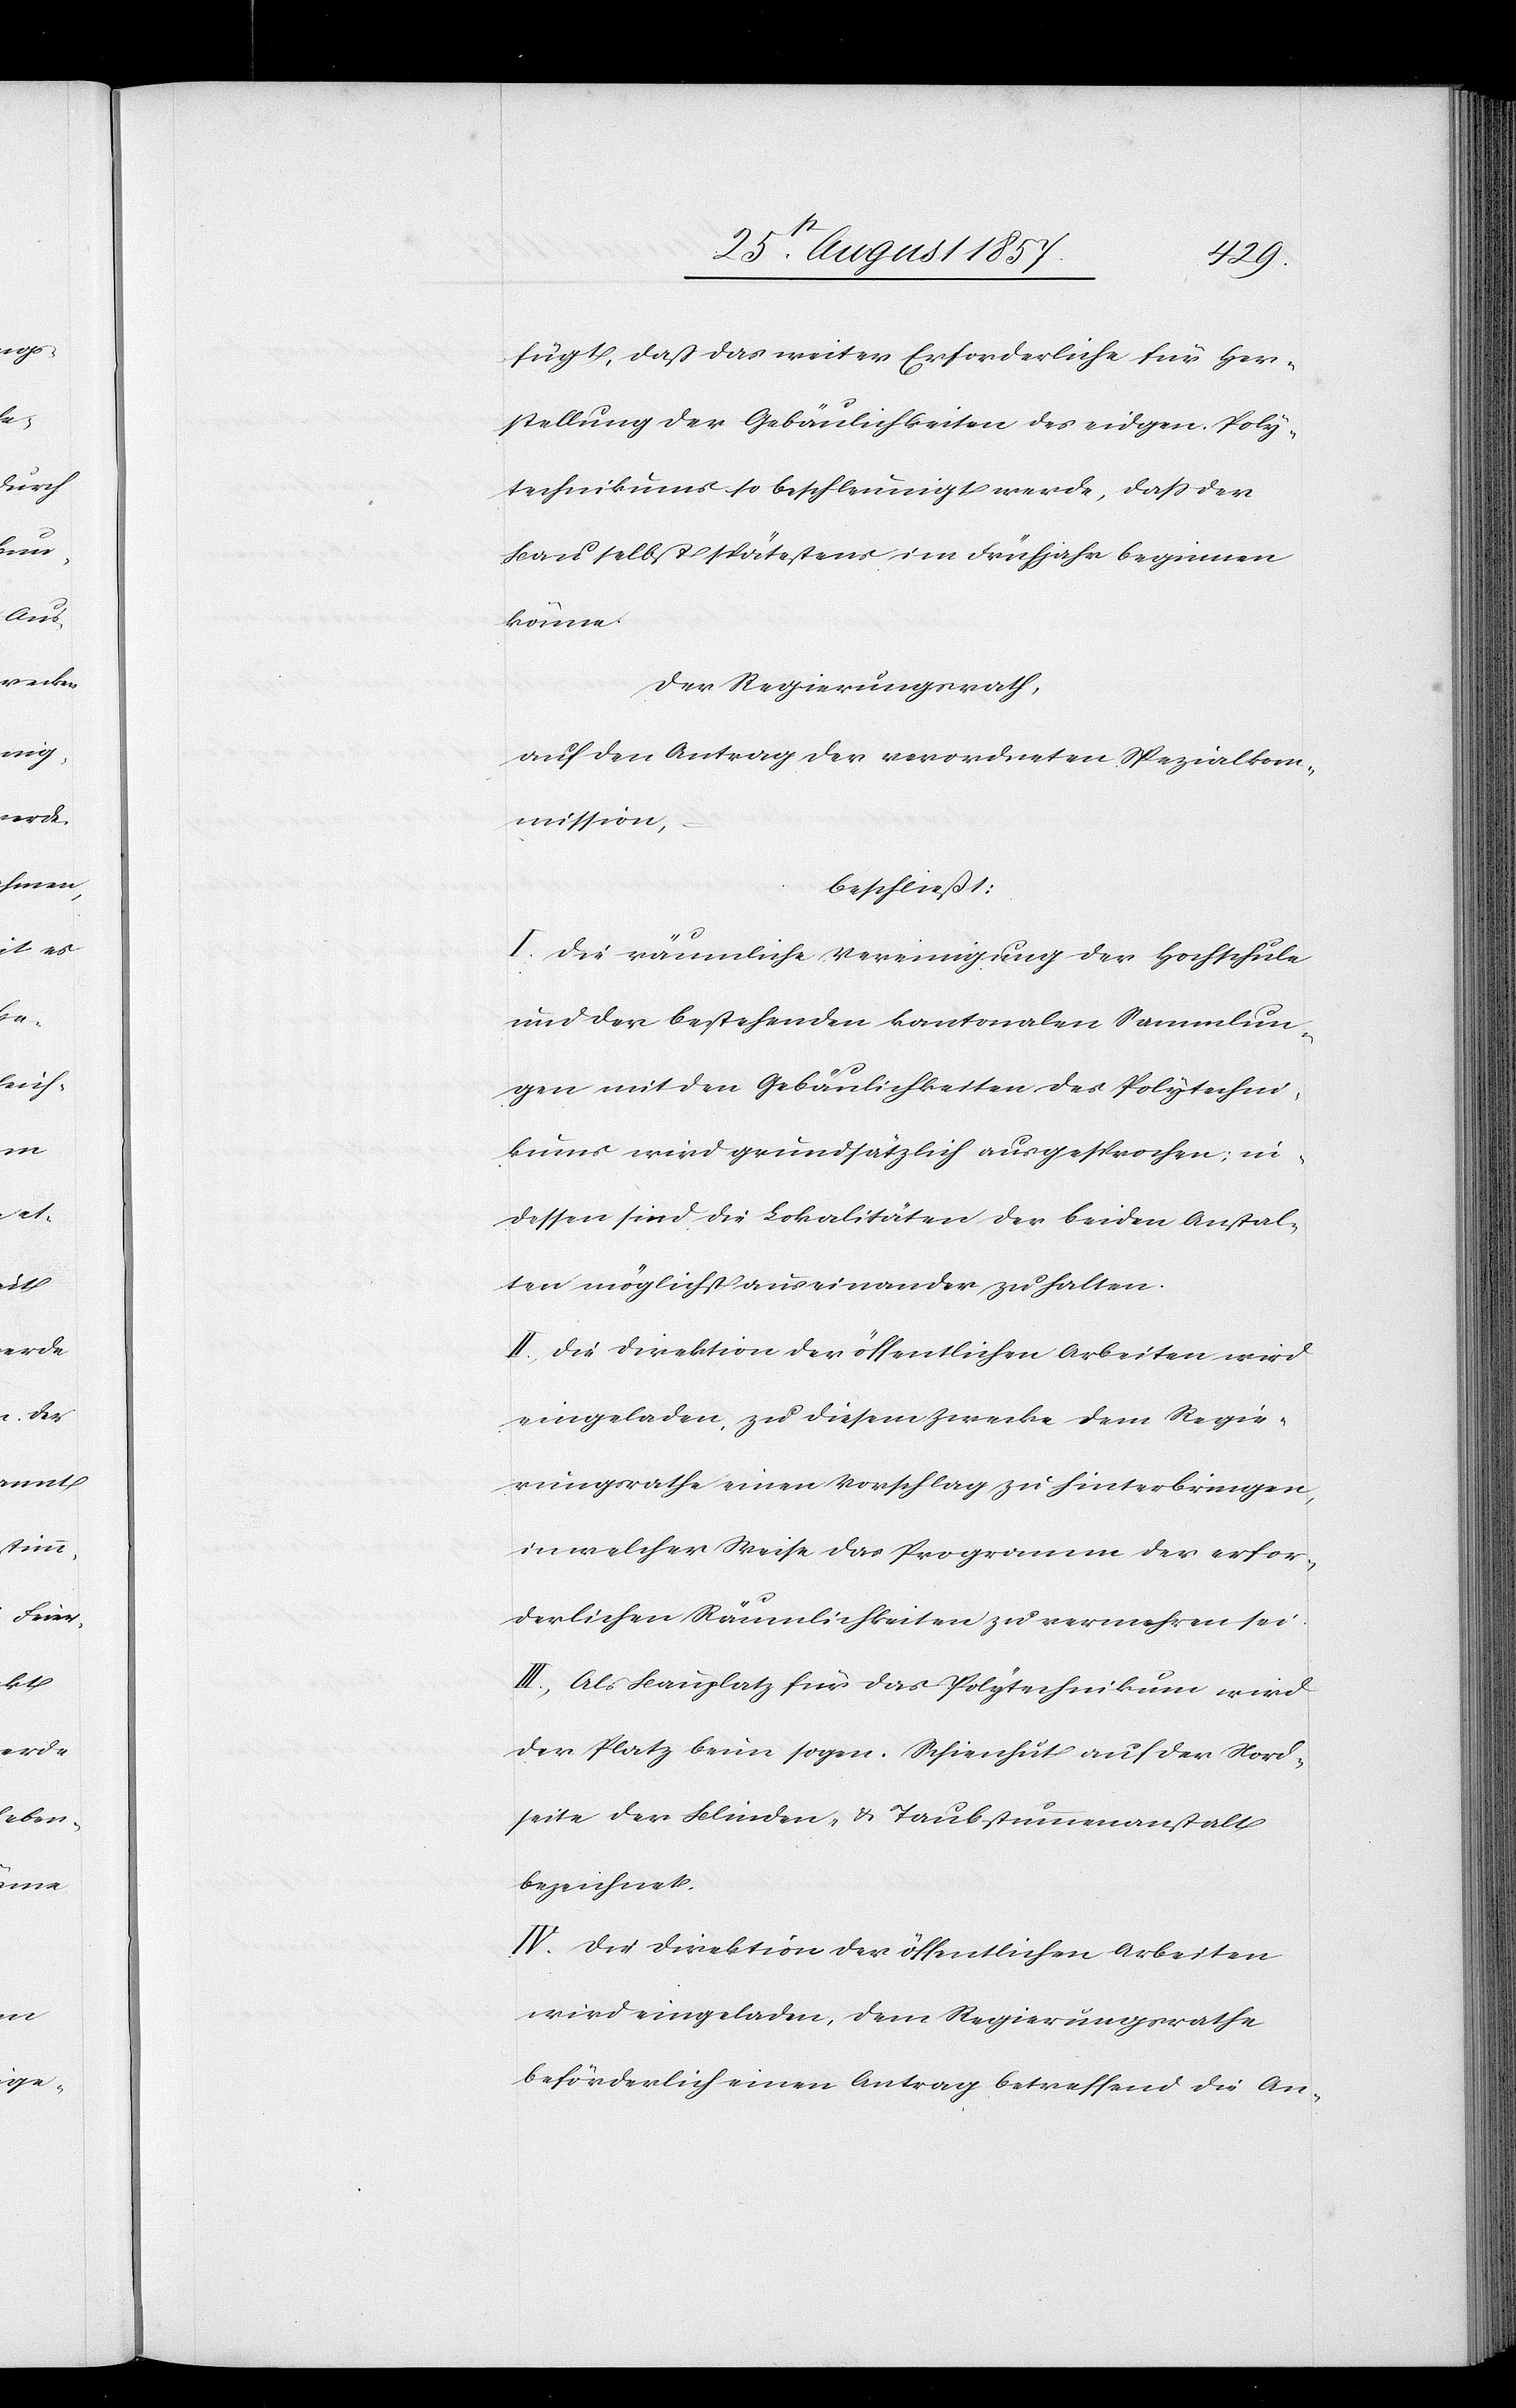
fügt, daß das weiter Erforderliche für Her¬
stellung der Gebäulichkeiten des eidgen. Poly¬
technikums so beschleunigt werde, daß der
Bau selbst spätestens im Frühjahr beginnen
könne.
Der Regierungsrath,
auf den Antrag, der verordneten Spezialkom¬
mission,
beschließt:
I. Die räumliche Vereinigung der Hochschule
und der bestehenden kantonalen Sammlun¬
gen mit den Gebäulichkeiten des Polytechni¬
kums wird grundsätzlich ausgesprochen; in¬
dessen sind die Lokalitäten der beiden Anstal¬
ten möglichst auseinander zu halten.
II. Die Direktion der öffentlichen Arbeiten wird
eingeladen, zu diesem Zwecke dem Regie¬
rungsrathe einen Vorschlag zu hinterbringen,
in welcher Weise das Programm der erfor¬
derlichen Räumlichkeiten zu vermehren sei.
III. Als Bauplatz für das Polytechnikum wird
der Platz beim sogen. Schienhut auf der Nord¬
seite der Blinden- & Taubstummenanstalt
bezeichnet.
IV. Die Direktion der öffentlichen Arbeiten
wird eingeladen, dem Regierungsrathe
beförderlich einen Antrag betreffend die An-